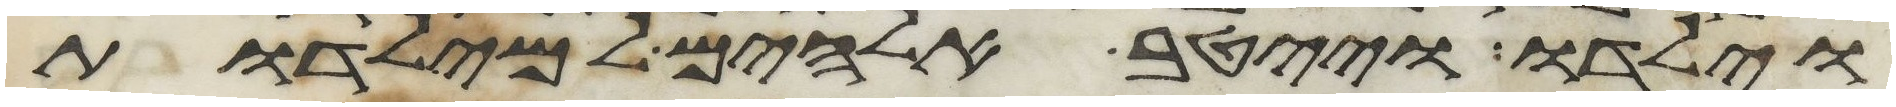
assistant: וילדו וייטב אלהים למילדות